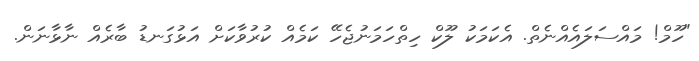
"ހޫމް! މައްސަލައެއްނެތް. އެކަމަކު ލޫކް ހިތްހަމަނުޖެހޭ ކަމެއް ކުރުވާކަށް އަޅުގަނޑު ބާރެއް ނާޅާނަން.